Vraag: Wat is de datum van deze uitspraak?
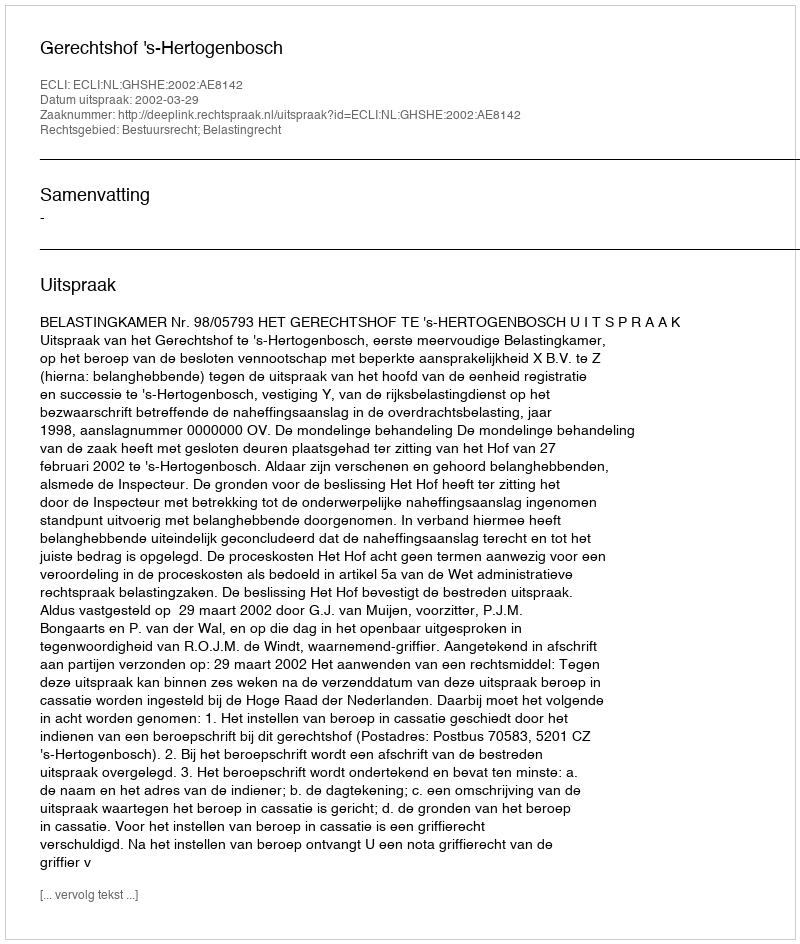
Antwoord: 2002-03-29